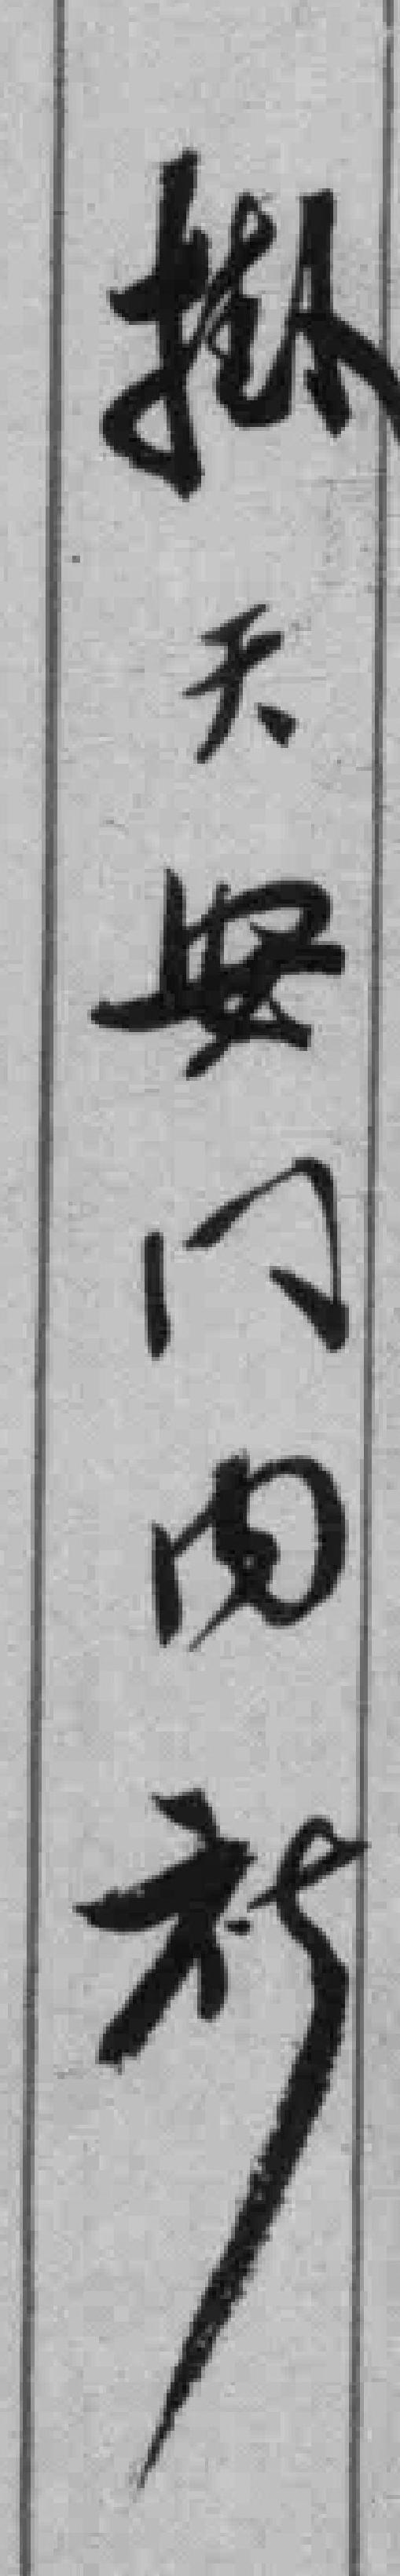
掛天安内衫